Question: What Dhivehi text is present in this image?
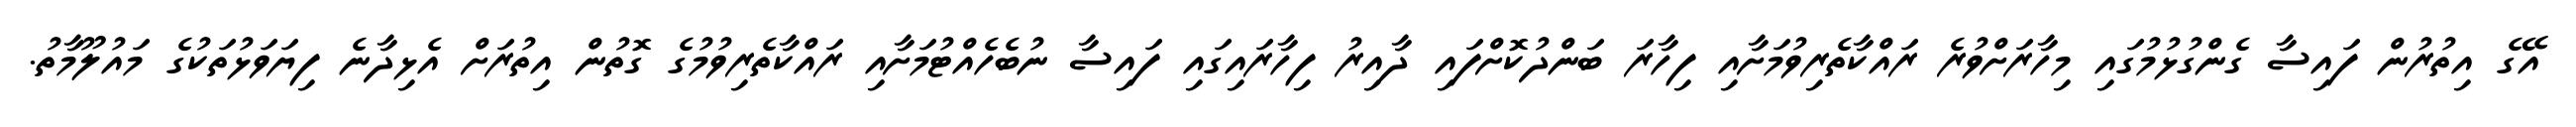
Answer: އޭގެ އިތުރުން ފައިސާ ގެންގުޅުމުގައި މިހާރަށްވުރެ ރައްކާތެރިވުމަށާއި ފިހާރަ ބަންދުކޮށްފައި ދާއިރު ފިހާރައިގައި ފައިސާ ނުބެހެއްޓުމަށާއި ރައްކާތެރިވުމުގެ ގޮތުން އިތުރަށް އެޅިދާނެ ފިޔަވަޅުތަކުގެ މައުލޫމާތު.